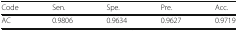
<table><thead><tr><td><b>Code</b></td><td><b>Sen.</b></td><td><b>Spe.</b></td><td><b>Pre.</b></td><td><b>Acc.</b></td></tr></thead><tbody><tr><td>AC</td><td>0.9806</td><td>0.9634</td><td>0.9627</td><td>0.9719</td></tr></tbody></table>